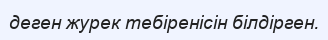
деген журек тебіренісін білдірген.